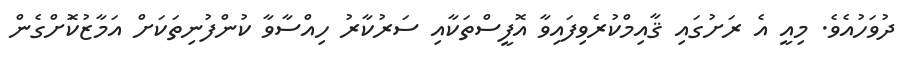
ދުވަހުއެވެ. މިއީ އެ ރަށުގައި ޤާއިމްކުރެވިފައިވާ އޮފީސްތަކާއި ސަރުކާރު ހިއްސާވާ ކުންފުނިތަކަށް އަމާޒުކޮަށްގެން